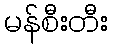
မန်စီးတီး